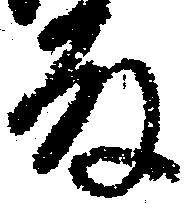
殿